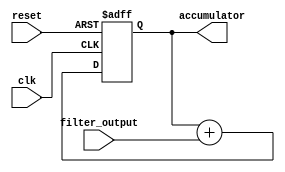
module accumulator (
    input wire clk,
    input wire reset,
    input wire filter_output,
    output reg [31:0] accumulator
);

always @(posedge clk or posedge reset) begin
    if (reset) begin
        accumulator <= 32'd0;
    end else begin
        accumulator <= accumulator + filter_output;
    end
end

endmodule